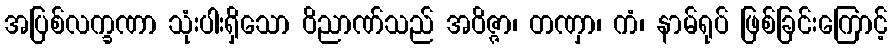
အပြစ်လက္ခဏာ သုံးပါးရှိသော ဝိညာဏ်သည် အဝိဇ္ဇာ၊ တဏှာ၊ ကံ၊ နာမ်ရုပ် ဖြစ်ခြင်းကြောင့်